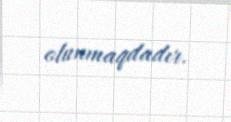
olunmaqdadır.